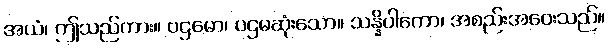
အယံ၊ ဤသည်ကား။ ပဌမော၊ ပဌမဆုံးသော။ သန္နိပါကော၊ အစည်းအဝေးသည်။